Indian journal of veterinary science and animal husbandry - Volumes 28-29, 1958-1959
Year: 1958
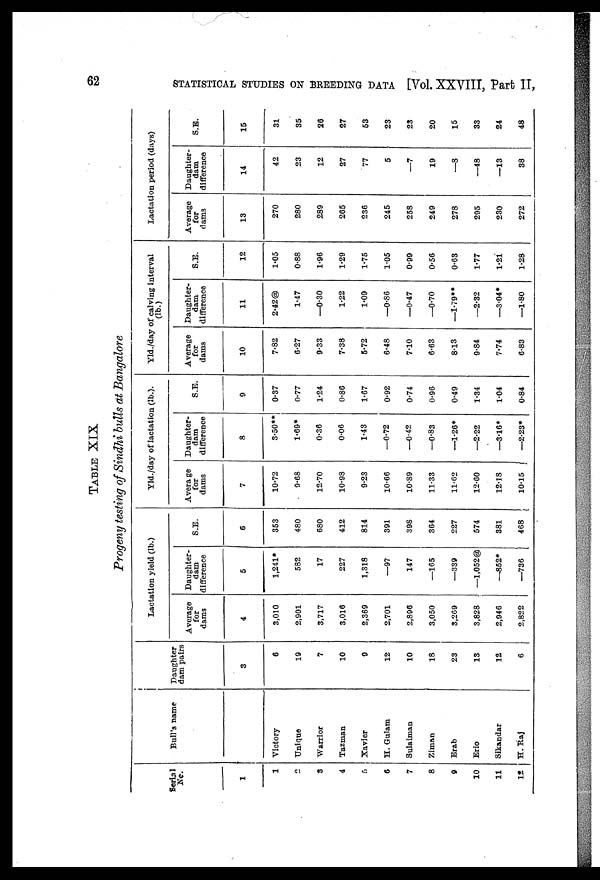
62
STATISTICAL STUDIES ON BREEDING DATA [Vol. XXVIII, Part II,
TABLE XIX
Progeny testing of Sindhi bulls at Bangalore
Serial
No.
1
1
2
3
4
5
6
7
8
9
10
11
12
Bull's name
Victory
Unique
Warrior
Tazman
Xavier
H. Gulam
Sulaiman
Ziman
Erab
Erio
Sikandar
H. Raj
Daughter
dam pairs
3
6
19
7
10
9
12
10
18
23
13
12
6
Lactation yield (lb.)
Average
for
dams
4
3,010
2,901
3,717
3,016
2,369
2,701
2,896
3,050
3,269
3,828
2,946
2,822
Daughter-
dam
difference
5
1,241*
582
17
227
1,318
—97
147
—165
—339
—1,052 @
—852*
—736
S.E.
6
353
480
680
412
814
391
398
364
227
574
381
468
Yld./day of lactation (lb.).
Average
for
dams
7
10.72
9.68
12.70
10.98
9.23
10.66
10.89
11.33
11.62
12.60
12.18
10.15
Daughter-
dam
difference
8
3.50**
1.69*
0.36
0.06
1.43
—0.72
—0.42
—0.83
—1.26*
—2.22
—3.16*
—2.23*
S.E.
9
0.37
0.77
1.24
0.86
1.67
0.92
0.74
0.96
0.49
1.34
1.04
0.84
Yld./day of calving interval
Average
for
dams
10
7.82
6.27
9.33
7.38
5.72
6.48
7.10
6.63
8.13
9.84
7.74
6.83
Daughter-
dam
difference
11
2.42@
1.47
—0.30
1.22
1.09
—0.86
—0.47
—0.70
—1.79**
—2.32
—3.04*
—1.80
S.E.
12
1.05
0.88
1.96
1.29
1.75
1.05
0.99
0.56
0.63
1.77
1.21
1.28
Lactation period (days)
Average
for
dams
13
270
280
289
265
236
245
258
249
278
295
230
272
Daughter-
dam
difference
14
42
23
12
27
77
5
—7
19
—8
—48
—13
38
S.E.
15
31
35
26
27
53
23
23
20
15
33
24
48